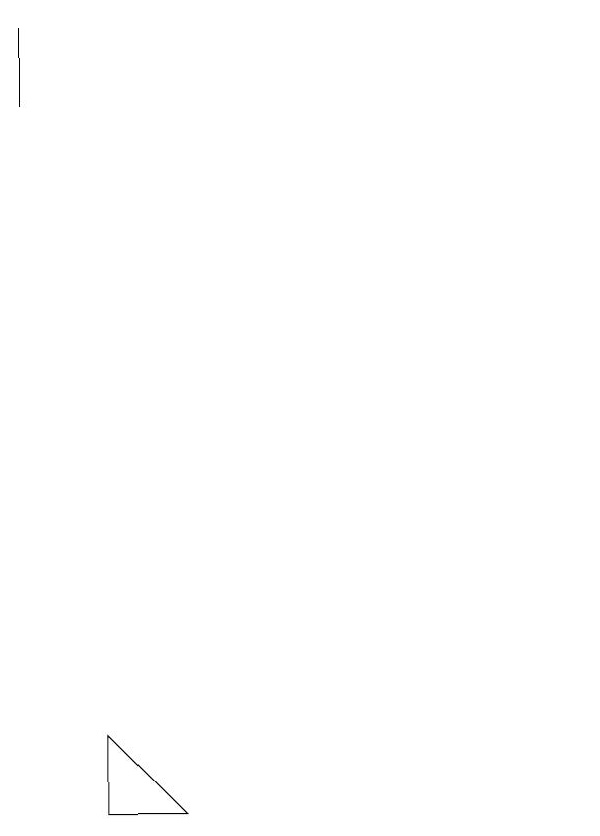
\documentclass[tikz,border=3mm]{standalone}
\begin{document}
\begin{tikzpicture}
\draw (4,2) -- (4,3) -- (5,2) -- cycle;
\draw (3,12) rectangle (3,11);
\draw (10,11) circle (0);
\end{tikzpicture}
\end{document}